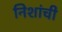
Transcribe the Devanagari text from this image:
निशांची